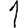
Digit: 1